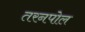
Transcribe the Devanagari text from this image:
तरनपोल